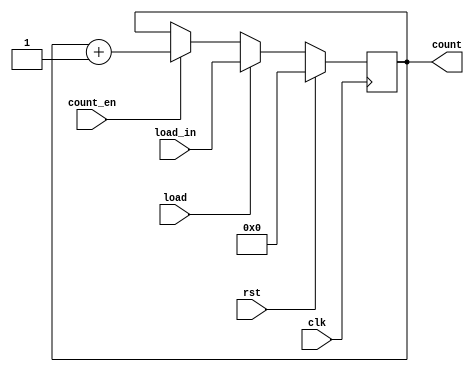
`timescale 1ns / 1ps
//////////////////////////////////////////////////////////////////////////////////
// Company: 
// Engineer: 
// 
// Design Name: 
// Module Name: Counter
// Project Name: 
// Target Devices: 
// Tool Versions: 
// Description: 
// 
// Dependencies: 
// 
// Revision:
// Revision 0.01 - File Created
// Additional Comments:
// 
//////////////////////////////////////////////////////////////////////////////////

module Counter #(
    parameter COUNT_DOWN  = 0,
    parameter COUNT_WIDTH = 5
)   (
    input                           clk,
    input                           rst,
    input                           load,
    input      [COUNT_WIDTH - 1:0]  load_in,
    input                           count_en,
    output reg [COUNT_WIDTH - 1:0]  count
    );
    
always @(posedge clk)
    if (rst)
        count <= 0;
    else if (load)
        count <= load_in;
    else if (count_en & COUNT_DOWN)
        count <= count - 1;
    else if (count_en)
        count <= count + 1;
    else
        count <= count;
    
endmodule